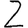
Digit: 2